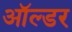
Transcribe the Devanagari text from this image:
ऑल्‍डर